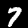
Label: 7